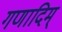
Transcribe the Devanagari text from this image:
गणादिम्